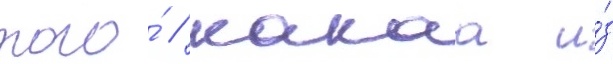
того́ / какаа и́з